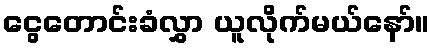
ငွေတောင်းခံလွှာ ယူလိုက်မယ်နော်။